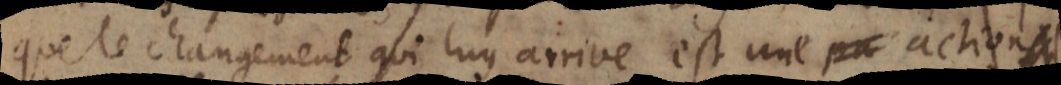
que le changement qui luy arrive est une action